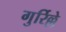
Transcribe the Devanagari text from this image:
गुर्रिल्ले